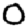
Digit: 0